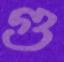
গু